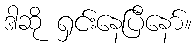
ဒါဆို ရှင်းနေပြီနော်။